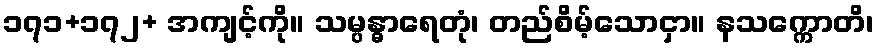
၁၇၁+၁၇၂+ အကျင့်ကို။ သမ္ပန္ဓာရေတုံ၊ တည်စိမ့်သောငှာ။ နသက္ကောတိ၊